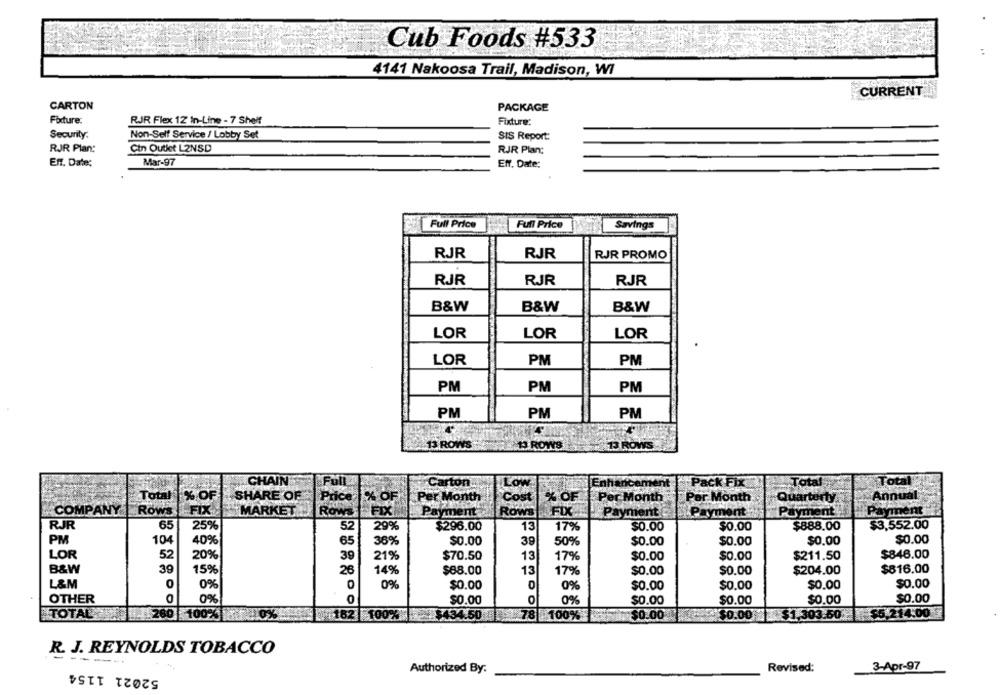
Cub Foods #533
4141 Nakoosa Trail, Madison, WI
CURRENT_
CARTON
PACKAGE
Fixture:
RJR Flex 12 In-Line - 7 Shelf
Fixture:
Security.
Non-Self Service / Lobby Set
SIS Report:
RJR Plan:
Cin Outlet L2NSD
RJR Plan:
Eff. Date:
Mar-97
Eff. Date:
Full Price
Full Price
Savings
RJR
RJR
RJR PROMO
RJR
RJR
RJR
B&W
B&W
B&W
LOR
LOR
LOR
LOR
PM
PM
PM
PM
PM
PM
PM
PM
15 ROWS
1 ROWS
13 ROWS
Full
Total
CHAIN
Carton
Low
Pack Fix
Total
Total
SHARE OF
Price
% OF
Per Month
Cost
% OF
Per Month
Per Month
Quarterty
Annual
COMPANY
Rows
FIX
MARKET
Row
FIX
Payment
Rows
FIX
Payment
Payment
Payment
Payment
RJR
65
25%
52
29%
$296.00
13
17%
$0.00
$0.00
$888.00
$3,552.00
PM
104
40%
65
36%
$0.00
39
50%
$0.00
$0.00
$0.00
$0.00
LOR
52
20%
39
21%
$70.50
13
$0.00
$211.50
$848.00
17%
$0.00
B&W
39
15%
26
$88.00
$204.00
$816.00
14%
13
17%
$0.00
$0.00
L&M
0
0
0
$0.00
0%
0%
$0.00
0%
$0.00
$0.00
$0.00
$0.00
OTHER
0%
$0.00
0%%
$0.00
$0.00
$0.00
TOTAL
Te .1. 260
100%
182
100%
$434.50
78 100%
$0.00
$0.00 $1,303.50
$5.214:00
R. J. REYNOLDS TOBACCO
----
52021 1154
3-Apr-97
Authorized By:
Revised: